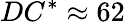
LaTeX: DC^{*}\approx 62\